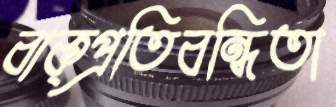
বাক্প্রতিবন্ধিতা